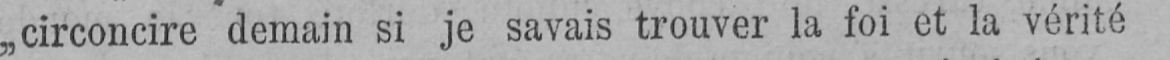
„circoncire demain si je savais trouver la foi et la vérité